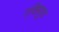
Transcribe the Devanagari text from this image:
एकियूस